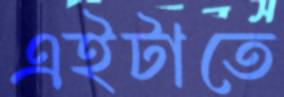
এইটাতে